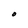
Character: O